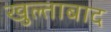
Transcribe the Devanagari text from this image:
खुल्ताबाद